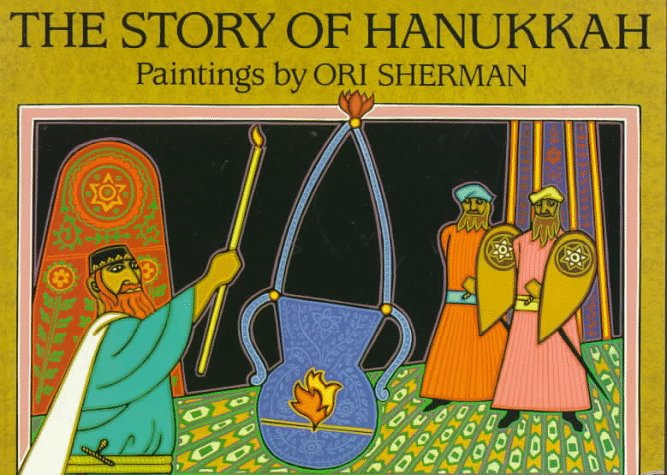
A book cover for The Story of Hanukkah (Picture Puffins); Amy Ehrlich; Teen & Young Adult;